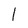
Character: 1